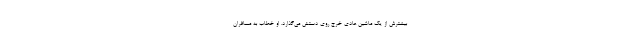
بیشترش از یک ماشین عادی خرج روی دستش می‌گذارد. او خطاب به مسافران